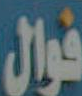
فوال